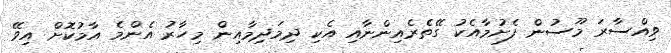
ވިއްސާރަ މޫސުން ފެށުމާއެކު ގޭތެރެއިންނާއި އެކި ދިމަދިމާއިން މިހާރު އެންމެ އާމުކޮށް އިވޭ